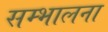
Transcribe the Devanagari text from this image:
सम्भालना